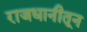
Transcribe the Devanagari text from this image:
राजधानीतून